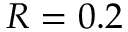
R = 0 . 2